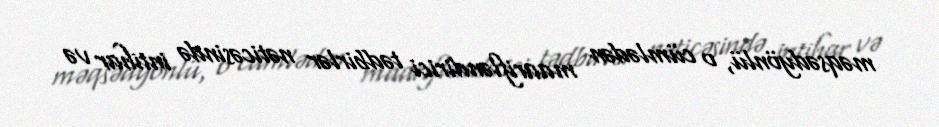
məqsədyönlü, o cümlədən maarifləndirici tədbirlər nəticəsində intihar və